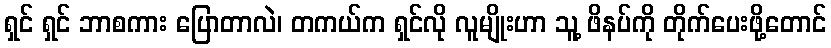
ရှင် ရှင် ဘာစကား ပြောတာလဲ၊ တကယ်က ရှင်လို လူမျိုးဟာ သူ့ ဖိနပ်ကို တိုက်ပေးဖို့တောင်